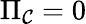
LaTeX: \Pi_{\mathcal{C}}=0